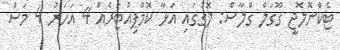
ޓެކްނޮލޮޖީ ގޫގަލް ގްލާސް: ލޮގުގައި އަޅާ ކޮމްޕިއުޓަރެއް 4 އަހަރު 4 މަސް